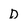
Character: D